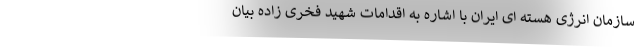
سازمان انرژی هسته ای ایران با اشاره به اقدامات شهید فخری زاده بیان